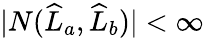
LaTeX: |N(\widehat{L}_{a},\widehat{L}_{b})|<\infty